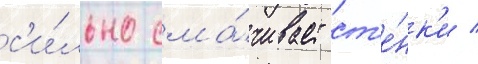
с'и́льно сма́чивает ст'е́нк'и /